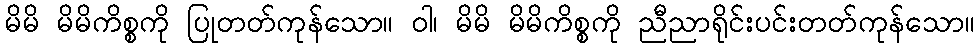
မိမိ မိမိကိစ္စကို ပြုတတ်ကုန်သော။ ဝါ၊ မိမိ မိမိကိစ္စကို ညီညာရိုင်းပင်းတတ်ကုန်သော။